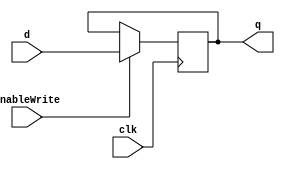
`ifndef __Register32b__
`define __Register32b__

module Register32b(
    clk,
    enableWrite,
    d,
    q
);
    input wire clk;
    input wire enableWrite;
    input wire [31:0] d;
    output reg [31:0] q;

    always @(posedge clk) begin
        if (enableWrite)
            q <= d;
    end

endmodule // Register32b

`endif